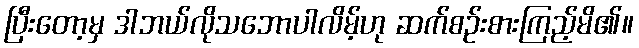
ပြီးတော့မှ ဒါဘယ်လိုသဘောပါလိမ့်ဟု ဆက်စဉ်းစားကြည့်မိ၏။